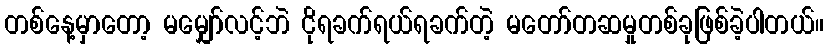
တစ်နေ့မှာတော့ မမျှော်လင့်ဘဲ ငိုရခက်ရယ်ရခက်တဲ့ မတော်တဆမှုတစ်ခုဖြစ်ခဲ့ပါတယ်။